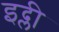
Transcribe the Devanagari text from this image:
इद्ली